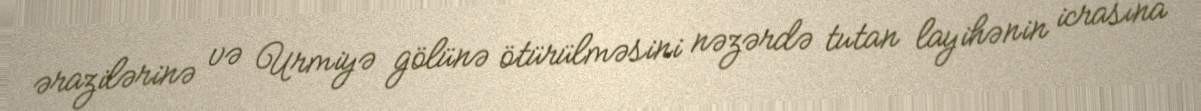
ərazilərinə və Urmiyə gölünə ötürülməsini nəzərdə tutan layihənin icrasına